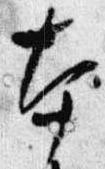
本